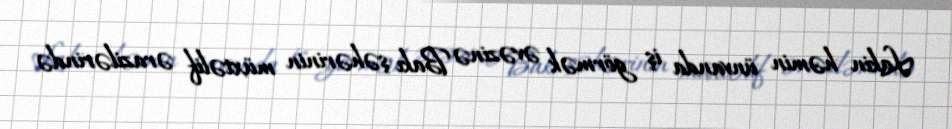
Lakin həmin ünvanda iş görmək əvəzinə Bakı şəhərinin müxtəlif ərazilərində